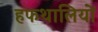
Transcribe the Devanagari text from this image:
हफथालियों